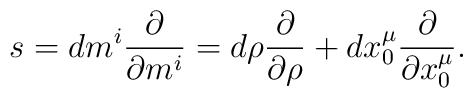
s=dm^i{\partial\over \partial m^i}=d \rho{\partial\over \partial \rho}+dx_0^\mu{\partial\over \partial x_0^\mu}.